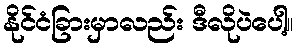
နိုင်ငံခြားမှာလည်း ဒီလိုပဲပေါ့။